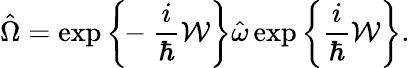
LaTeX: \hat{\Omega}=\exp\bigg\{ \! \! -\frac{i}{\hbar}{\cal W}\bigg\} \hat{\omega}\exp\bigg\{ \frac{i}{\hbar}{\cal W}\bigg\} .